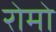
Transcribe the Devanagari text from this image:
रोमो